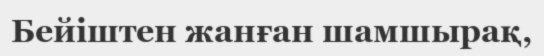
Бейіштен жанған шамшырақ,